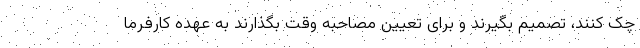
چک کنند، تصمیم بگیرند و برای تعیین مصاحبه وقت بگذارند به عهده کارفرما